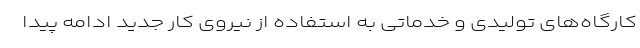
کارگاه‌های تولیدی و خدماتی به استفاده از نیروی کار جدید ادامه پیدا